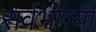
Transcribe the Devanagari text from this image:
सर्वभोग्या